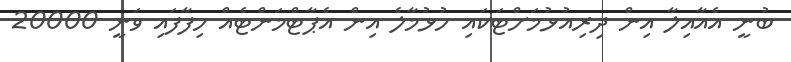
ބުނީ އެއާއިލާ އިން ދިރިއުޅުމަށްޓަކައި ހުޅުމާލެ އިން އެޕާޓްމަންޓެއް ހިފާފައި ވަނީ 20000